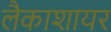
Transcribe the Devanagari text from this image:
लैकाशायर